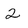
Character: 2